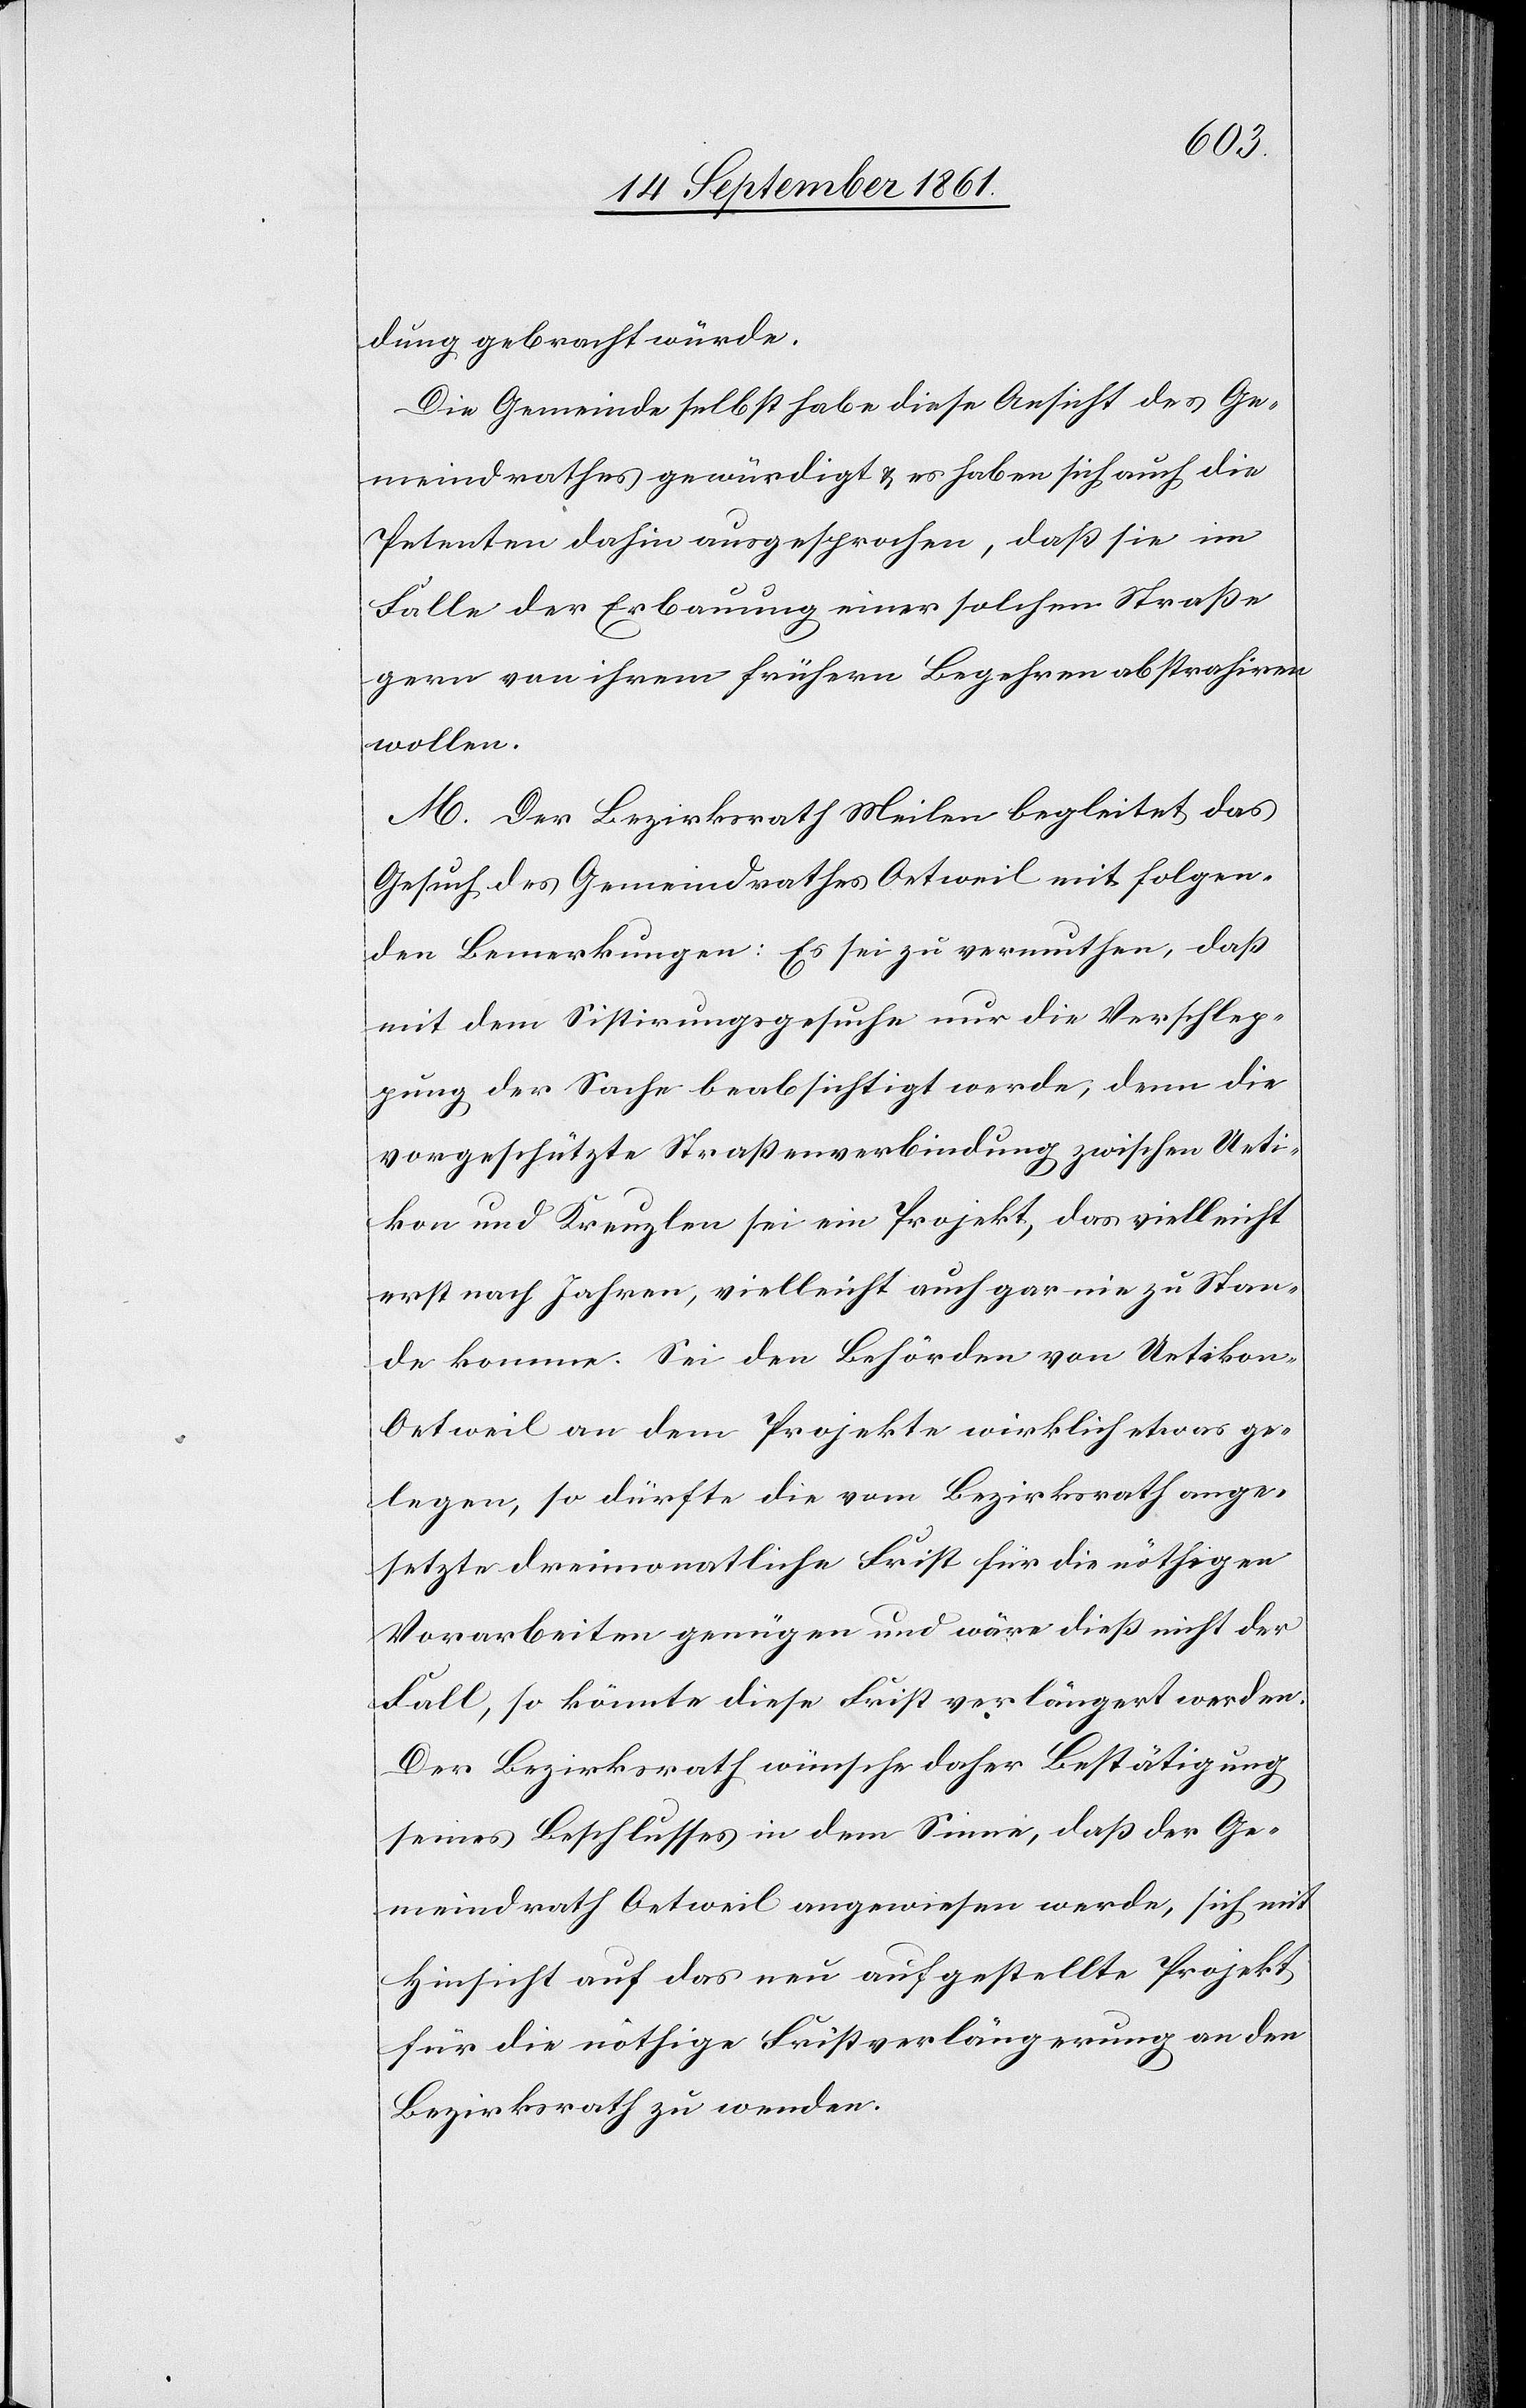
dung gebracht würde.
Die Gemeinde selbst habe diese Ansicht des Ge¬
meindrathes gewürdigt u. es haben sich auch die
Petenten dahin ausgesprochen, daß sie im
Falle der Erbauung einer solchen Straße
gern von ihrem frühern Begehren abstrahiren
wollen.
M. Der Bezirksrath Meilen begleitet das
Gesuch des Gemeindrathes Oetweil mit folgen¬
den Bemerkungen: Es sei zu vermuthen, daß
mit dem Sistirungsgesuche nur die Verschlep¬
pung der Sache beabsichtigt werde, denn die
vorgeschützte Straßenverbindung zwischen Ueti¬
kon und Kreuzlen sei ein Projekt, das vielleicht
erst nach Jahren, vielleicht auch gar nie zu Stan¬
de komme. Sei den Behörden, von Uetikon-O¬
etweil an dem Projekte wirklich etwas ge¬
legen, so dürfte die vom Bezirksrath ange¬
setzte dreimonatliche Frist für die nöthigen
Vorarbeiten genügen und wäre dieß nicht der
Fall, so könnte diese Frist verlängert werden.
Der Bezirksrath wünsche daher Bestätigung
seines Beschlusses in dem Sinne, daß der Ge¬
meindrath Oetweil angewiesen werde, sich mit
Hinsicht auf das neu aufgestellte Projekt
für die nöthige Fristverlängerung an den
Bezirksrath zu wenden.